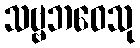
သဗ္ဗဘဝေသု